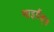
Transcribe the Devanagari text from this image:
माइग्रैंड्स